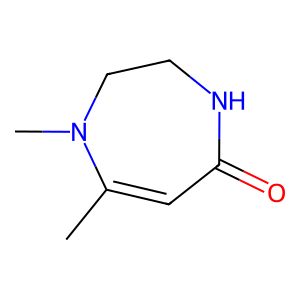
SMILES: CC1=CC(=O)NCCN1C
Inhibits HIV replication: No